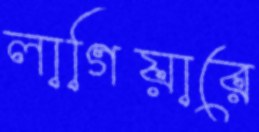
লাগিয়ারে